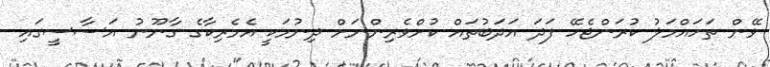
ވޭން ތަހައްމަލު ކުރަންޖެހޭ ފަދަ އަދަބުތައް ކުށްވެރިންނަށް ދިނުމަކީ އެމެރިކާގެ ގާނޫނު އަސާސީގައި